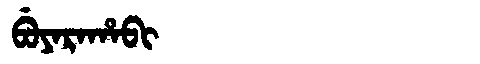
Manchu: ᠪᡠᠶᠠᡵᠠᡥᠠᠪᡳ
Romanization: BUYARAHABI